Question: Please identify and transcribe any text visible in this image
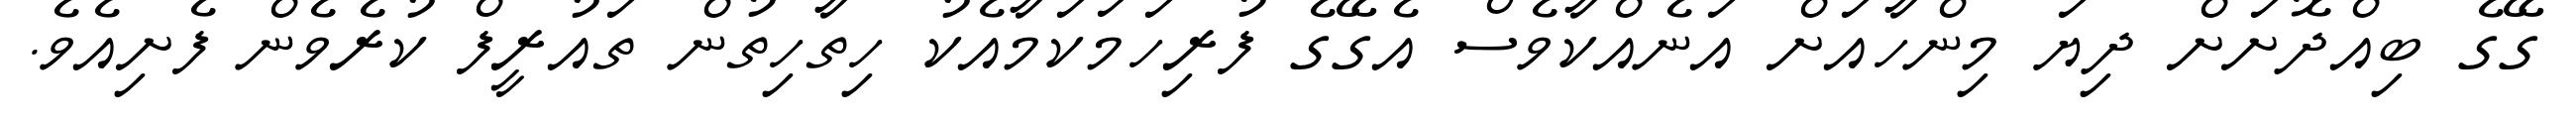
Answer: ގޭގެ ބިއްދޮށަށް ދިޔަ މިންހާއަށް އަނެއްކާވެސް އެގޭގެ ފުރިހަމަކަމާއެކު ހިތާހިތުން ތައުރީފް ކުރެވެން ފެށިއެވެ.